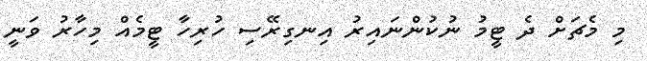
މި މެޗަށް ދެ ޓީމު ނުކުންނައިރު އިނގިރޭސި ހުރިހާ ޓީމެއް މިހާރު ވަނީ